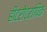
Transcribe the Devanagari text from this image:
हीटरोट्रापिक